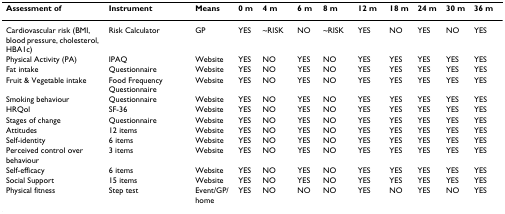
<table><thead><tr><td><b>Assessment of</b></td><td><b>Instrument</b></td><td><b>Means</b></td><td><b>0 m</b></td><td><b>4 m</b></td><td><b>6 m</b></td><td><b>8 m</b></td><td><b>12 m</b></td><td><b>18 m</b></td><td><b>24 m</b></td><td><b>30 m</b></td><td><b>36 m</b></td></tr></thead><tbody><tr><td>Cardiovascular risk (BMI, blood pressure, cholesterol, HBA1c)</td><td>Risk Calculator</td><td>GP</td><td>YES</td><td>~RISK</td><td>NO</td><td>~RISK</td><td>YES</td><td>NO</td><td>YES</td><td>NO</td><td>YES</td></tr><tr><td>Physical Activity (PA)</td><td>IPAQ</td><td>Website</td><td>YES</td><td>NO</td><td>YES</td><td>NO</td><td>YES</td><td>YES</td><td>YES</td><td>YES</td><td>YES</td></tr><tr><td>Fat intake</td><td>Questionnaire</td><td>Website</td><td>YES</td><td>NO</td><td>YES</td><td>NO</td><td>YES</td><td>YES</td><td>YES</td><td>YES</td><td>YES</td></tr><tr><td>Fruit &amp; Vegetable intake</td><td>Food Frequency Questionnaire</td><td>Website</td><td>YES</td><td>NO</td><td>YES</td><td>NO</td><td>YES</td><td>YES</td><td>YES</td><td>YES</td><td>YES</td></tr><tr><td>Smoking behaviour</td><td>Questionnaire</td><td>Website</td><td>YES</td><td>NO</td><td>YES</td><td>NO</td><td>YES</td><td>YES</td><td>YES</td><td>YES</td><td>YES</td></tr><tr><td>HRQol</td><td>SF-36</td><td>Website</td><td>YES</td><td>NO</td><td>YES</td><td>NO</td><td>YES</td><td>YES</td><td>YES</td><td>YES</td><td>YES</td></tr><tr><td>Stages of change</td><td>Questionnaire</td><td>Website</td><td>YES</td><td>NO</td><td>YES</td><td>NO</td><td>YES</td><td>YES</td><td>YES</td><td>YES</td><td>YES</td></tr><tr><td>Attitudes</td><td>12 items</td><td>Website</td><td>YES</td><td>NO</td><td>YES</td><td>NO</td><td>YES</td><td>YES</td><td>YES</td><td>YES</td><td>YES</td></tr><tr><td>Self-identity</td><td>6 items</td><td>Website</td><td>YES</td><td>NO</td><td>YES</td><td>NO</td><td>YES</td><td>YES</td><td>YES</td><td>YES</td><td>YES</td></tr><tr><td>Perceived control over behaviour</td><td>3 items</td><td>Website</td><td>YES</td><td>NO</td><td>YES</td><td>NO</td><td>YES</td><td>YES</td><td>YES</td><td>YES</td><td>YES</td></tr><tr><td>Self-efficacy</td><td>6 items</td><td>Website</td><td>YES</td><td>NO</td><td>YES</td><td>NO</td><td>YES</td><td>YES</td><td>YES</td><td>YES</td><td>YES</td></tr><tr><td>Social Support</td><td>15 items</td><td>Website</td><td>YES</td><td>NO</td><td>YES</td><td>NO</td><td>YES</td><td>YES</td><td>YES</td><td>YES</td><td>YES</td></tr><tr><td>Physical fitness</td><td>Step test</td><td>Event/GP/home</td><td>YES</td><td>NO</td><td>NO</td><td>NO</td><td>YES</td><td>NO</td><td>YES</td><td>NO</td><td>YES</td></tr></tbody></table>